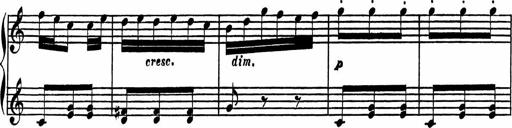
Title: 4 Piano Sonatinas
Composer: Adam Geibel